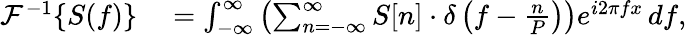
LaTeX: \begin{array}{rl}{{\mathcal{F}}^{-1}\{ S(f)\} }&{{}=\int_{-\infty}^{\infty}\left(\sum_{n=-\infty}^{\infty}S[n]\cdot\delta\left(f-{\frac{n}{P}}\right)\right)e^{i2\pi fx}\, df,}\end{array}